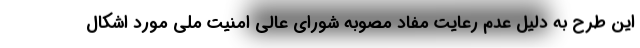
این طرح به دلیل عدم رعایت مفاد مصوبه شورای عالی امنیت ملی مورد اشکال